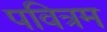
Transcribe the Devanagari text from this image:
पवित्रम